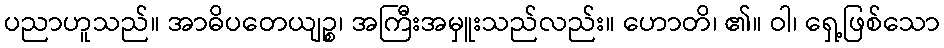
ပညာဟူသည်။ အာဓိပတေယျဉ္စ၊ အကြီးအမှူးသည်လည်း။ ဟောတိ၊ ၏။ ဝါ၊ ရှေ့ဖြစ်သော